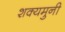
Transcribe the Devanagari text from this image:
शक्यमुनी